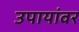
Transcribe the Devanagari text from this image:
उपायांवर